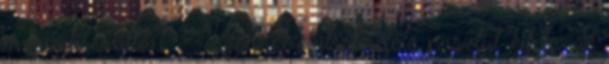
manuális váltó?" - Igen. Felülről lefelé pusztul kifele, de